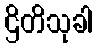
ဌိတိသုခါ